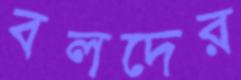
বলদের